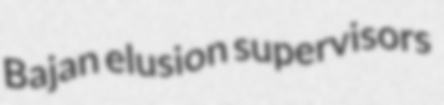
Bajan elusion supervisors